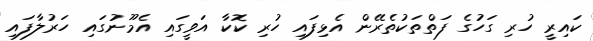
ކައިރީ ހުރި ގަހުގެ ފަތްތަކުތެރޭން އެޅިފައި ހުރި ކޮކާ އަވީގައި އެމޫނުގައި ހަރުލާފައި